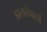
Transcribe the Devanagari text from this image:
डालनेवालों